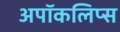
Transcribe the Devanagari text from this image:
अपॉकलिप्स